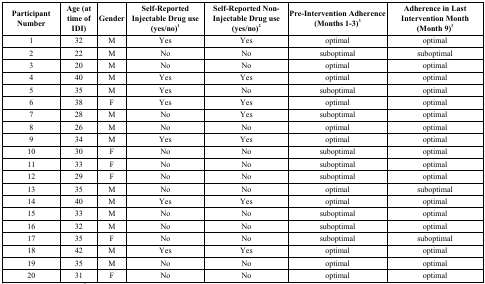
| Participant Number | Age (at time of IDI) | Gender | Self-Reported Injectable Drug use (yes/no)1 | Self-Reported Non-Injectable Drug use (yes/no)2 | Pre-Intervention Adherence(Months 1-3)3 | Adherence in Last Intervention Month (Month 9)3 |
 | --- | --- | --- | --- | --- | --- | --- |
 | 1 | 32 | M | Yes | Yes | optimal | optimal |
 | 2 | 22 | M | No | No | suboptimal | suboptimal |
 | 3 | 20 | M | No | No | optimal | optimal |
 | 4 | 40 | M | Yes | Yes | optimal | optimal |
 | 5 | 35 | M | Yes | No | suboptimal | optimal |
 | 6 | 38 | F | Yes | Yes | optimal | optimal |
 | 7 | 28 | M | No | Yes | suboptimal | optimal |
 | 8 | 26 | M | No | No | optimal | optimal |
 | 9 | 34 | M | Yes | Yes | optimal | optimal |
 | 10 | 30 | F | No | No | suboptimal | optimal |
 | 11 | 33 | F | No | No | suboptimal | optimal |
 | 12 | 29 | F | No | No | suboptimal | optimal |
 | 13 | 35 | M | No | No | optimal | suboptimal |
 | 14 | 40 | M | Yes | Yes | optimal | optimal |
 | 15 | 33 | M | No | No | suboptimal | optimal |
 | 16 | 32 | M | No | No | suboptimal | optimal |
 | 17 | 35 | F | No | No | suboptimal | suboptimal |
 | 18 | 42 | M | Yes | Yes | optimal | optimal |
 | 19 | 35 | M | No | No | optimal | optimal |
 | 20 | 31 | F | No | No | optimal | optimal |